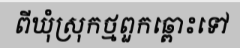
ពីឃុំស្រុកថ្មពួកឆ្ពោះទៅ